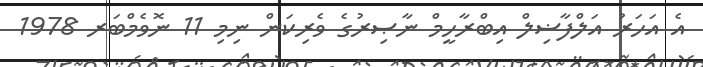
އެ އަހަރު އަލްފާޟިލް އިބްރާހީމް ނާޞިރުގެ ވެރިކަން ނިމި 11 ނޮވެމްބަރ 1978